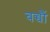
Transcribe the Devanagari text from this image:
बच्चोेैं